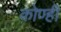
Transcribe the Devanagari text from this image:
कोण्ही